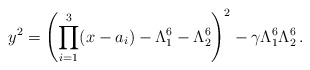
\begin{align*}y^2=\left(\prod_{i=1}^3 (x-a_i)-\Lambda_1^6-\Lambda_2^6\right)^2-\gamma\Lambda_1^6\Lambda_2^6\, .\end{align*}